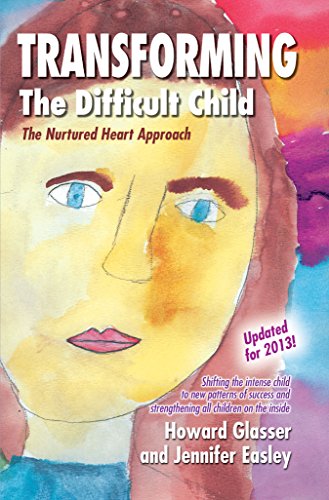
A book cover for Transforming the Difficult Child: The Nurtured Heart Approach; Howard Glasser; Education & Teaching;